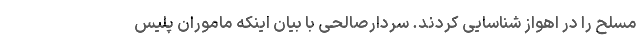
مسلح را در اهواز شناسایی کردند. سردارصالحی با بیان اینکه ماموران پلیس